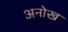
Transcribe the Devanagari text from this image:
अनोख